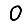
Digit: 0